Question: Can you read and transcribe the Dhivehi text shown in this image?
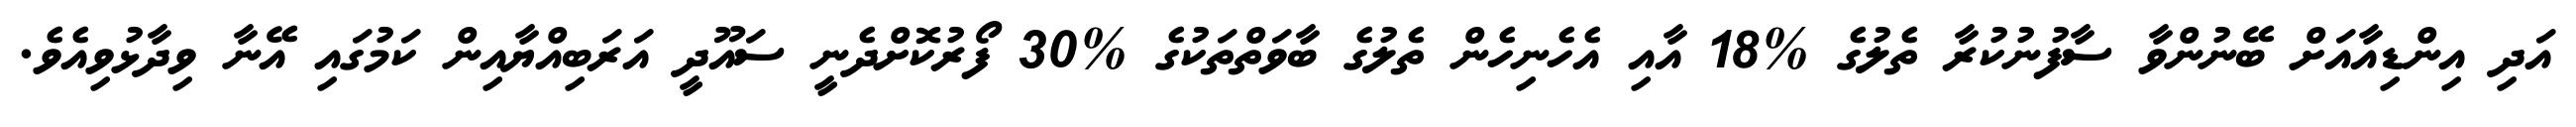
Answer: އަދި އިންޑިއާއަށް ބޭނުންވާ ސާފުނުކުރާ ތެލުގެ %18 އާއި އެހެނިހެން ތެލުގެ ބާވަތްތަކުގެ %30 ފޯރުކޮށްދެނީ ސައޫދީ އަރަބިއްޔާއިން ކަމުގައި އޭނާ ވިދާޅުވިއެވެ.